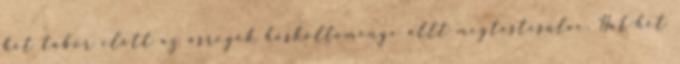
két tábor előtt az ősregék hőskölteménye állt megtestesülve. Hat-hét